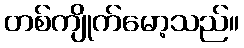
တစ်ကျိုက်မော့သည်။